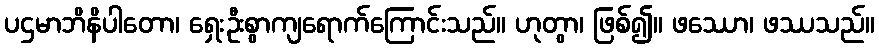
ပဌမာဘိနိပါတော၊ ရှေးဦးစွာကျရောက်ကြောင်းသည်။ ဟုတွာ၊ ဖြစ်၍။ ဖဿော၊ ဖဿသည်။